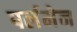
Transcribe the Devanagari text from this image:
पर्लमेन